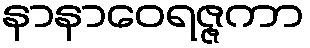
နာနာဝေရဇ္ဇကာ